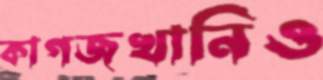
কাগজখানিও